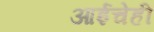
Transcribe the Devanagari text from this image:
आईचेही